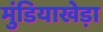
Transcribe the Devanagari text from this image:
मुंडियाखेड़ा